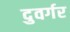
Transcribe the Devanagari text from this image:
दुवर्गर